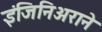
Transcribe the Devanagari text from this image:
इंजिनिअराने